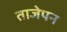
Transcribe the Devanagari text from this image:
ताजेपन